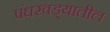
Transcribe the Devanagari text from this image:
पंधरवड्यातील